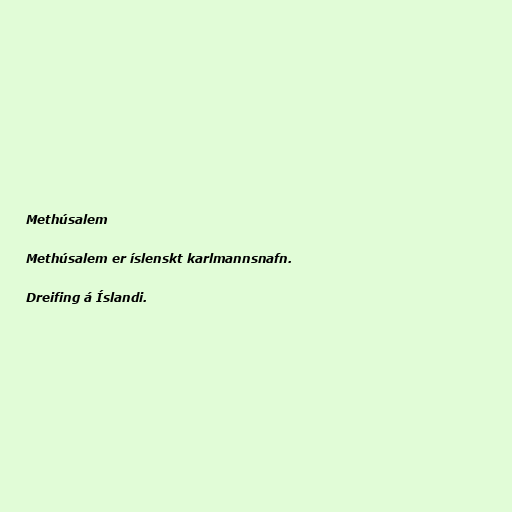
Methúsalem

Methúsalem er íslenskt karlmannsnafn.

Dreifing á Íslandi.